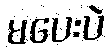
မပေးပဲ